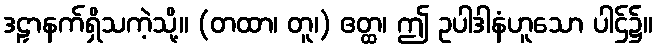
ဒဠှာနက်ရှိသကဲ့သို့။ (တထာ၊ တူ၊) ဧတ္ထ၊ ဤ ဥပါဒါနံဟူသော ပါဌ်၌။